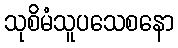
သုစိမံသူပသေစနော